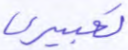
تعبيري